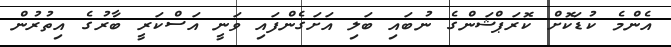
އެންމެ ކުޑަކޮށް ކޮރަޕްޝަންގެ ނުބައި ބަލި އަށަގެންފައި ވަނީ އަސްކަރީ ބާރުގެ އިތުރުން